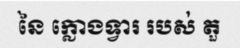
នៃ ក្លោងទ្វារ របស់ តួ